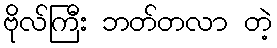
ဗိုလ်ကြီး ဘတ်တလာ တဲ့